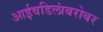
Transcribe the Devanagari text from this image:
आईवडिलांबरोबर